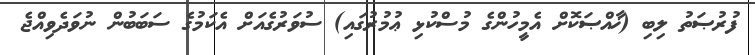
ފުރުޞަތު ލިބި (ޚާއްޞަކޮށް އެމީހުންގެ މުސްކުޅި ޢުމުރުގައި) ސުވަރުގެއަށް އެކަމުގެ ސަބަބުން ނުވަދެވިއްޖެ